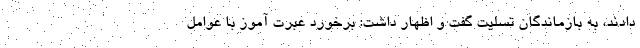
دادند، به بازماندگان تسلیت گفت و اظهار داشت: برخورد عبرت آموز با عوامل